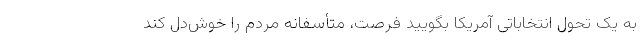
به یک تحول انتخاباتی آمریکا بگویید فرصت، متأسفانه مردم را خوش‌دل کند